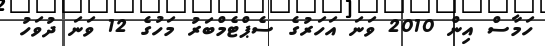
ހަމާސް އިން 2010 ވަނަ އަހަރުގެ ސެޕްޓެމްބަރު މަހުގެ 12 ވަނަ ދުވަހު